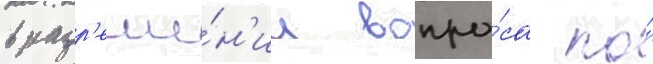
в разр'еше́н'ии вопро́са по́